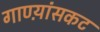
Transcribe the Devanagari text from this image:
गाण्य़ांसकट